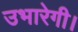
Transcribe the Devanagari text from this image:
उभारेगी।